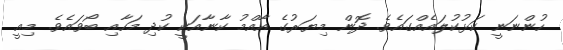
ހުންނަނީ ކަޅުކުލައެއްގައެވެ. ދޮން މިޔަރުގެ އާއްމު ކާނާއަކީ ކުދި މަހާއި ބޯވައެވެ. މިއީ